Indian journal of veterinary science and animal husbandry - Volumes 15-17, 1948-1951
Year: 1948
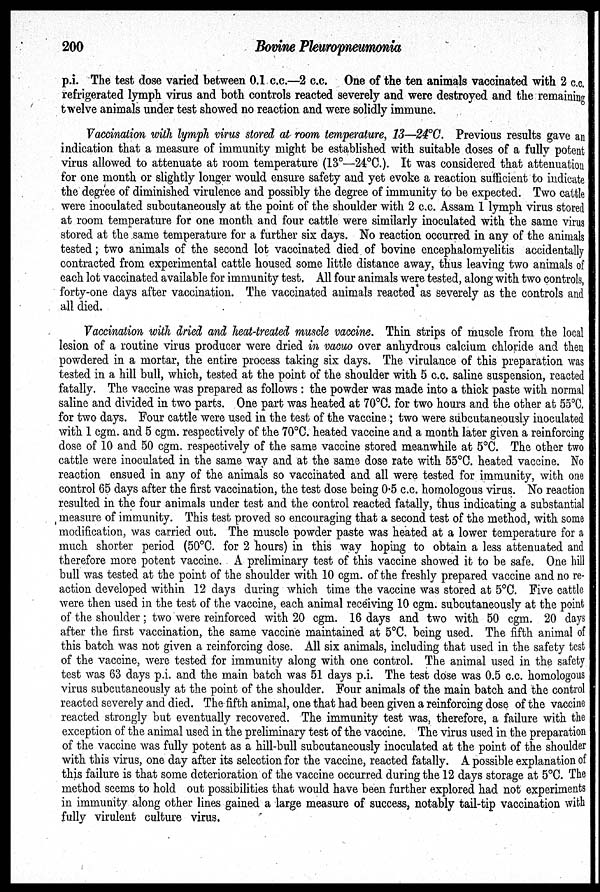
200
Bovine Pleuropneumonia
p.i. The test dose varied between 0.1 c.c.—2 c.c. One of the ten animals vaccinated with 2 c.c.
refrigerated lymph virus and both controls reacted severely and were destroyed and the remaining
twelve animals under test showed no reaction and were solidly immune.
Vaccination with lymph virus stored at room temperature, 13—24°C. Previous results gave an
indication that a measure of immunity might be established with suitable doses of a fully potent
virus allowed to attenuate at room temperature (13°—24°C). It was considered that attenuation
for one month or slightly longer would ensure safety and yet evoke a reaction sufficient to indicate
the degree of diminished virulence and possibly the degree of immunity to be expected. Two cattle
were inoculated subcutaneously at the point of the shoulder with 2 c.c. Assam 1 lymph virus stored
at room temperature for one month and four cattle were similarly inoculated with the same virus
stored at the same temperature for a further six days. No reaction occurred in any of the animals
tested; two animals of the second lot vaccinated died of bovine encephalomyelitis accidentally
contracted from experimental cattle housed some little distance away, thus leaving two animals of
each lot vaccinated available for immunity test. All four animals were tested, along with two controls,
forty-one days after vaccination. The vaccinated animals reacted as severely as the controls and
all died.
Vaccination with dried and heat-treated muscle vaccine. Thin strips of muscle from the local
lesion of a routine virus producer were dried in vacuo over anhydrous calcium chloride and then
powdered in a mortar, the entire process taking six days. The virulance of this preparation was
tested in a hill bull, which, tested at the point of the shoulder with 5 c.c. saline suspension, reacted
fatally. The vaccine was prepared as follows : the powder was made into a thick paste with normal
saline and divided in two parts. One part was heated at 70°C. for two hours and the other at 55°C.
for two days. Four cattle were used in the test of the vaccine; two were subcutaneously inoculated
with 1 cgm. and 5 cgm. respectively of the 70°C. heated vaccine and a month later given a reinforcing
dose of 10 and 50 cgm. respectively of the same vaccine stored meanwhile at 5°C. The other two
cattle were inoculated in the same way and at the same dose rate with 55°C. heated vaccine. No
reaction ensued in any of the animals so vaccinated and all were tested for immunity, with one
control 65 days after the first vaccination, the test dose being 0.5 c.c. homologous virus. No reaction
resulted in the four animals under test and the control reacted fatally, thus indicating a substantial
measure of immunity. This test proved so encouraging that a second test of the method, with some
modification, was carried out. The muscle powder paste was heated at a lower temperature for a
much shorter period (50°C. for 2 hours) in this way hoping to obtain a less attenuated and
therefore more potent vaccine. A preliminary test of this vaccine showed it to be safe. One hill
bull was tested at the point of the shoulder with 10 cgm. of the freshly prepared vaccine and no re-
action developed within 12 days during which time the vaccine was stored at 5°C. Five cattle
were then used in the test of the vaccine, each animal receiving 10 cgm. subcutaneously at the point
of the shoulder; two were reinforced with 20 cgm. 16 days and two with 50 cgm. 20 days
after the first vaccination, the same vaccine maintained at 5°C. being used. The fifth animal of
this batch was not given a reinforcing dose. All six animals, including that used in the safety test
of the vaccine, were tested for immunity along with one control. The animal used in the safety
test was 63 days p.i. and the main batch was 51 days p.i. The test dose was 0.5 c.c. homologous
virus subcutaneously at the point of the shoulder. Four animals of the main batch and the control
reacted severely and died. The fifth animal, one that had been given a reinforcing dose of the vaccine
reacted strongly but eventually recovered. The immunity test was, therefore, a failure with the
exception of the animal used in the preliminary test of the vaccine. The virus used in the preparation
of the vaccine was fully potent as a hill-bull subcutaneously inoculated at the point of the shoulder
with this virus, one day after its selection for the vaccine, reacted fatally. A possible explanation of
this failure is that some deterioration of the vaccine occurred during the 12 days storage at 5°C. The
method seems to hold out possibilities that would have been further explored had not experiments
in immunity along other lines gained a large measure of success, notably tail-tip vaccination with
fully virulent culture virus.